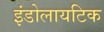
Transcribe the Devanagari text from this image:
इंडोलायटिक